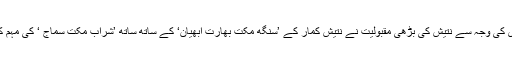
بہار میں شراب بندی کی وجہ سے نتیش کی بڑھی مقبولیت نے نتیش کمار کے ’سنگھ مکت بھارت ابھیان‘ کے ساتھ ساتھ ’شراب مکت سماج ‘ کی مہم کو بھی جوڑ دیا ہے۔